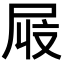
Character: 𫵜